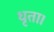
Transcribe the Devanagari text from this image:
धृता।